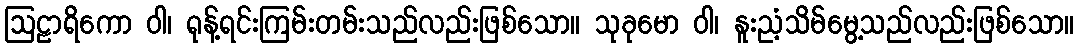
ဩဠာရိကော ဝါ၊ ရုန့်ရင်းကြမ်းတမ်းသည်လည်းဖြစ်သော။ သုခုမော ဝါ၊ နူးညံ့သိမ်မွေ့သည်လည်းဖြစ်သော။